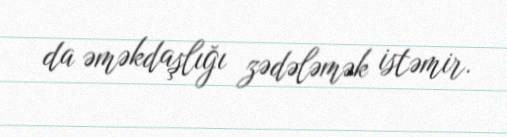
da əməkdaşlığı zədələmək istəmir.